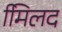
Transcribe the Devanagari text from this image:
मििलद